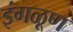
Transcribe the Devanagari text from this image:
इंगळूण